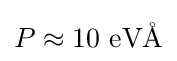
P\approx 10{\text{ eV}}\mbox{\AA}